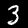
Label: 3